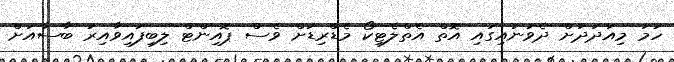
ހަމަ މިއަދަދަށް ދެވަނައިގައި އޮތް އެތްލެޓިކޯ މެޑްރިޑަށް ވެސް ޕޮއިންޓް ލިބިފައިވާއިރު ބާސާއަށް